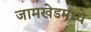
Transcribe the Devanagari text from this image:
जामखेडमध्ये